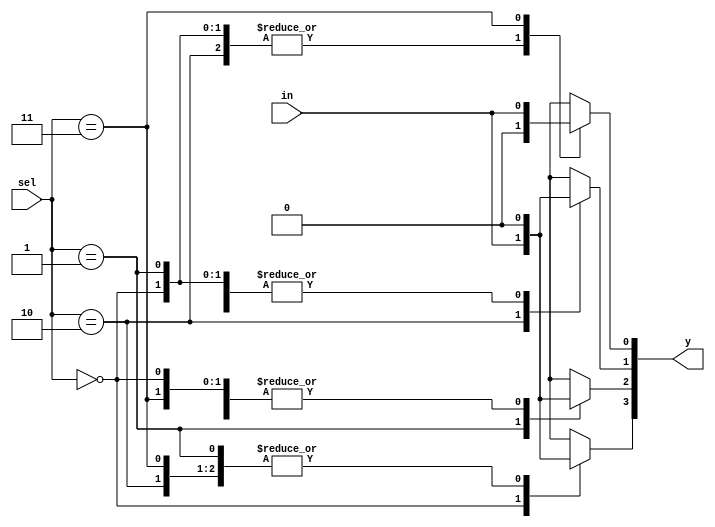
module demux1to4(in,sel,y);
        input in;
        input [1:0] sel;
        output reg [0:3] y;
            always@(*)
            begin 
                case(sel)
                    2'b00: begin
                           y[0] = in;
                           y[1] = 0;
                           y[2] = 0;
                           y[3] = 0;
                           end
                    2'b01: begin
                           y[0] = 0;
                           y[1] = in;
                           y[2] = 0;
                           y[3] = 0;
                           end
                   2'b10: begin
                           y[0] = 0;
                           y[1] = 0;
                           y[2] = in;
                           y[3] = 0;
                           end
                   2'b11: begin
                           y[0] = 0;
                           y[1] = 0;
                           y[2] = 0;
                           y[3] = in;
                           end    
               endcase
          end                            
endmodule